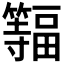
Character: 𫂨